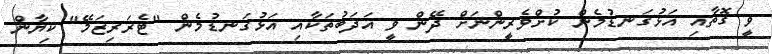
ވީ ގޮތާއި އަޅުގަނޑުމެން ކުށްވެރީންނަށް ދޭން ވީ އަދަބުތަކާއި އަޅުގަނޑުމެން "ޓެރަރިޒަމޭ" ކިޔާން